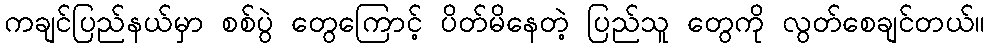
ကချင်ပြည်နယ်မှာ စစ်ပွဲ တွေကြောင့် ပိတ်မိနေတဲ့ ပြည်သူ တွေကို လွတ်စေချင်တယ်။